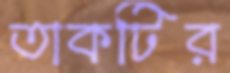
তাকটির